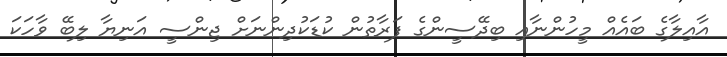
އާއިލާގެ ބައެއް މީހުންނާއި ބިދޭސީންގެ ފަރާތުން ކުޑަކުދިންނަށް ޖިންސީ އަނިޔާ ލިބޭ ވާހަކަ